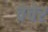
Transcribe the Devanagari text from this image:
चेचेर